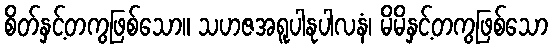
စိတ်နှင့်တကွဖြစ်သော။ သဟဇအရူပါနုပါလနံ၊ မိမိနှင့်တကွဖြစ်သော